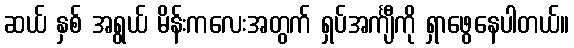
ဆယ် နှစ် အရွယ် မိန်းကလေးအတွက် ရှပ်အင်္ကျီကို ရှာဖွေနေပါတယ်။